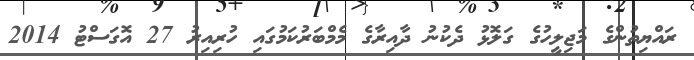
ރައްޔިތުންގެ މަޖިލީހުގެ ގަލޮޅު ދެކުނު ދާއިރާގެ މެމްބަރުކަމުގައި ހުރިއިރު 27 އޮގަސްޓު 2014